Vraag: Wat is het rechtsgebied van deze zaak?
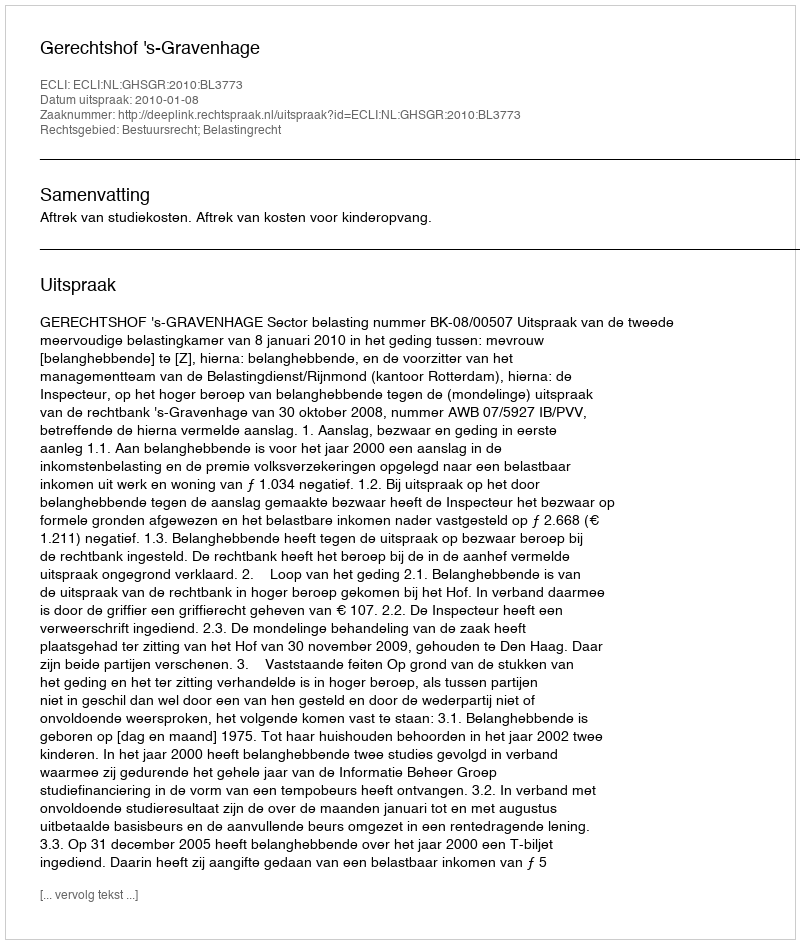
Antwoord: Bestuursrecht; Belastingrecht